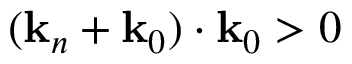
( \mathbf { k } _ { n } + \mathbf { k } _ { 0 } ) \cdot \mathbf { k } _ { 0 } > 0